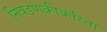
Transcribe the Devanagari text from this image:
निवडणुकीकरिता